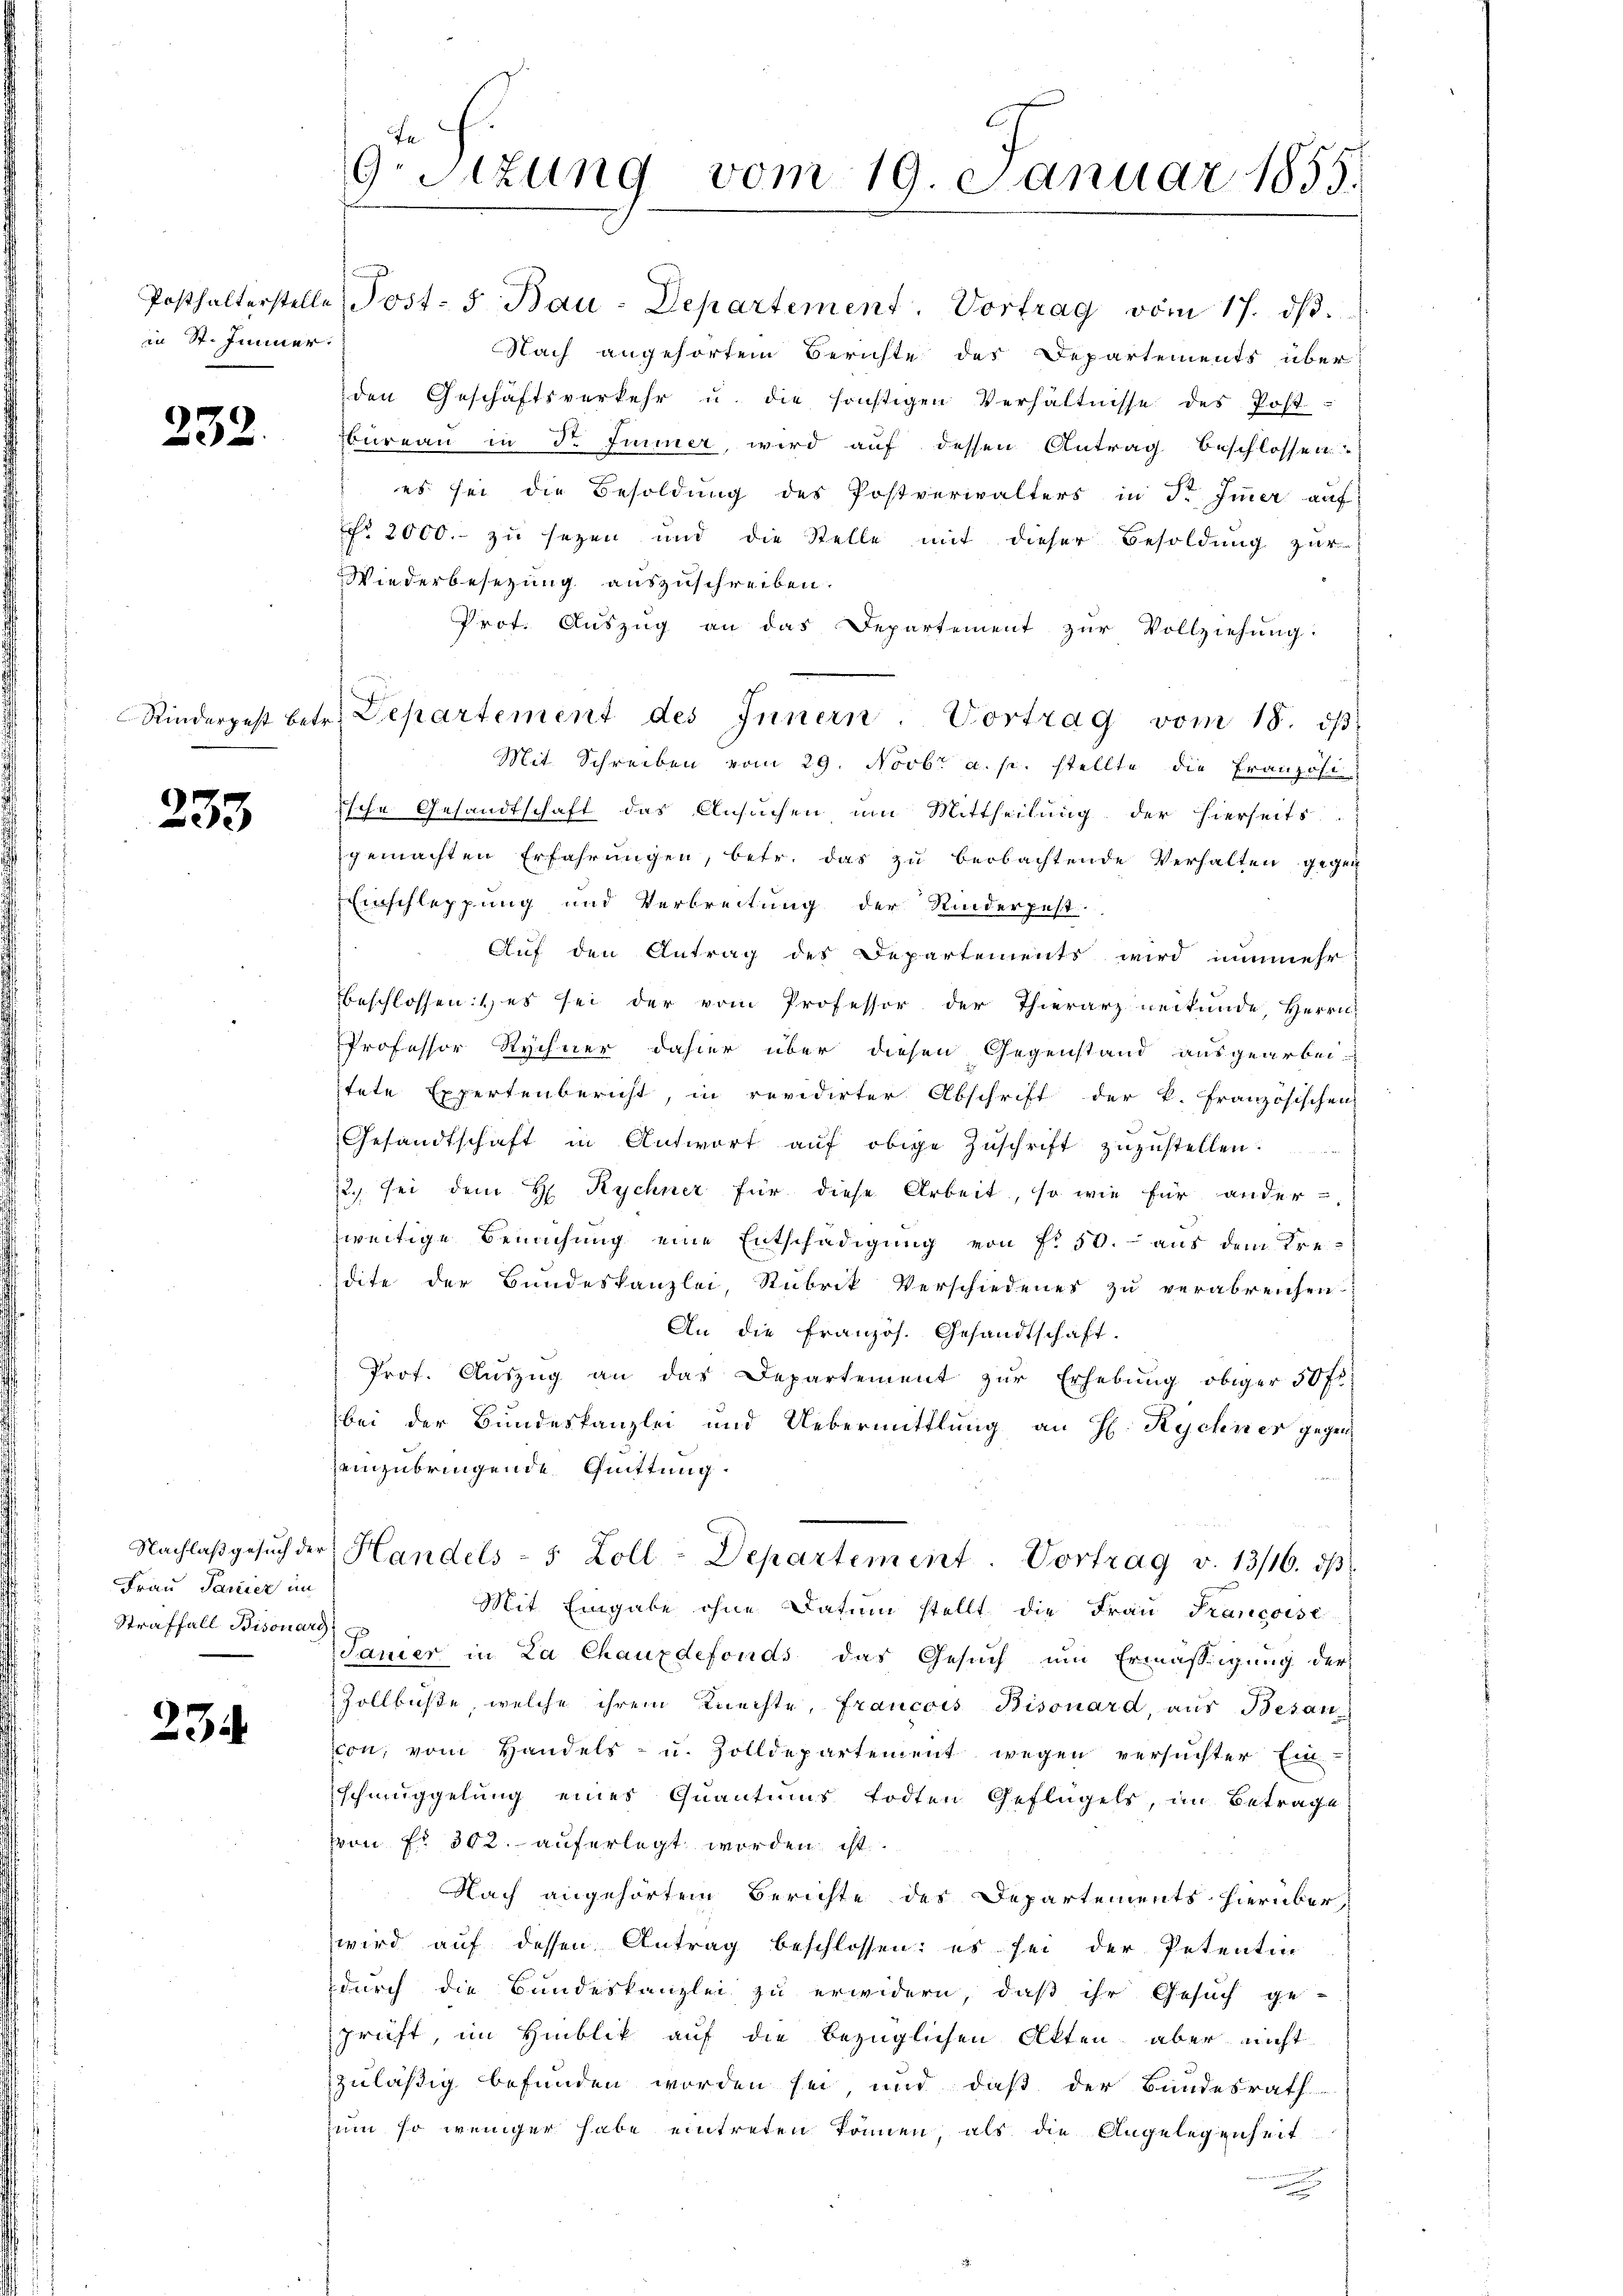
in St. Jenner.

232.

233

Frau Panier im
Straffall Bisonard

234

9.sezung vom 19. Januar 1855.

Posthalterstelle Post- 5. Bau-Departement. Vortrag vom 17. dβ.
Nach angehörtem Berichte des Departements über
den Geschäftsverkehr u. die sonstigen Verhältnisse des Post-
bureau in Dr. Immer, wird auf dessen Antrag beschlossen
es sei die Besoldung des Postverwalters in dr Immer auf
Nr. 2000. zu sezen und die Stelle mit dieser Besoldung zur
Wiederbesezung auszuschreiben.
Prof. Auszug an das Departement zur Vollziehung.
Mit Schreiben vom 29. Novbr a. p. stellte die Französi-
ische Gesandtschaft das Ansuchen um Mittheilung der hierseits
gemachten Erfahrungen, betr. das zu beobachtende Verhalten gegen
Einschleppung und Verbreitung der Kinderpest.
Auf den Antrag des Departements wird nunmehr
Beschlossen: es sei der vom Professor der Thierarzneikunde, Herrn
Professor Rychner dahier über diesen Gegenstand ausgearbei-
tete Expertenbericht, in revidirter Abschrift der k. Französischen
Gesandtschaft in Antwort aŭf obige Zŭschrift zuzustellen.
2.) sei dem H Rychner für diese Arbeit, so wie für ander
zweitige Bemühung eine Entschädigung von f. 50. aus dem Kredite der Bundeskanzlei, Rubrik Verschiedenes zu verabreichen
An die Französ. Gesandtschaft.
Prot. Aŭszŭg an das Departement zŭr Erhebŭng obiger 50 fr.
bei der Bundeskanzlei und Uebermittlung an H. Rychiner gegen
zeinzubringende Quittung.
Nachlaβgesŭch der Handels- 5 Zoll-Departement. Vortrag v. 13/16. dβ.
Mit Eingabe ohne Datum stellt die Frau Francoise
Jamier in La Chauxdefonds das Gesuch um Ermässigung der
Zollbüße, welche ihrem Knechte, francois Bisonard, aus Besan
von, vom Handels- u. Zolldepartement wegen versuchter Ein-
schmuggelung eines Quantums todten Geflügels, im Betrage
von Fr. 302. auferlegt worden ist.
Nach angehörtem Berichte des Departements hierüber
wird auf dessen Antrag beschlossen: es sei der Petentin
durch die Bundeskanzlei zu erwidern, daß ihr Gesuch ge-
prüft, im Hinblik auf die bezüglichen Akten aber nicht
zuläßig befunden worden sei und daß der Bundesrath
zum so weniger habe eintreten können, als die Angelegenheit

Rinderpest betr. Departement des Innern. Vortrag vom 18. dβ.